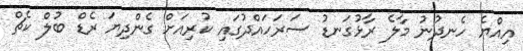
އިއްޔެ ހެނދުނު މާލެ ރާޅުގަނޑު ސަރަހައްދުގައި ކުރިއަށް ގެންދިޔަ ރެޑް ބުލް ކެޗް